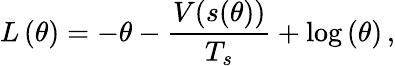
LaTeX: L\left(\theta\right)=-\theta-\frac{V(s(\theta))}{T_{s}}+\log\left(\theta\right)\, ,